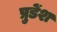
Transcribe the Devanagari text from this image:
प्रुडेंश